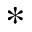
*